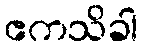
ဧကသိခါ